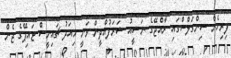
ފިރިހެން ސިންގަލްސްގައި ރާއްޖޭގެ ނަޝީއު ޝަރަފުއްދީން ވަނީ މިއަދު ޗައިނީސް ޓައިޕޭގެ ޖެން